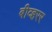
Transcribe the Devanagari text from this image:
बीव्हरर